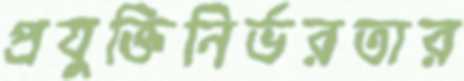
প্রযুক্তিনির্ভরতার